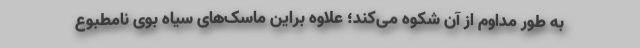
به طور مداوم از آن شکوه می‌کند؛ علاوه براین ماسک‌های سیاه بوی نامطبوع